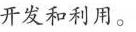
开发和利用。